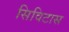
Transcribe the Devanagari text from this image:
सिविटास